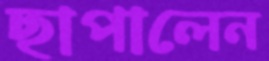
ছাপালেন